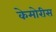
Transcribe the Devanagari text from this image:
केमोरीस